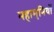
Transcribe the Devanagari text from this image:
महामुनियों